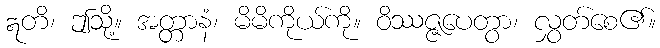
ဣတိ၊ ဤသို့။ အတ္တာနံ၊ မိမိကိုယ်ကို။ ဝိဿဇ္ဇပေတွာ၊ လွှတ်စေ၏။